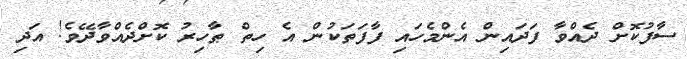
ސާފުކޮށް ދެއްވާ ފަދައިން އެންމެހައި ފާފަތަކުން އެ ހިތް ޠާހިރު ކޮށްދެއްވާދޭވެ! އަދި